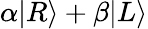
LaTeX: \alpha|R\rangle+\beta|L\rangle